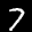
Label: 7